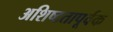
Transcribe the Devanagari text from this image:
अशिष्टतापूर्वक